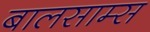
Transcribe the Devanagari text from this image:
बालसाम्स